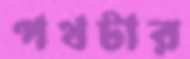
পথটার